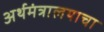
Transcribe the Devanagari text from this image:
अर्थमंत्रालयाचा